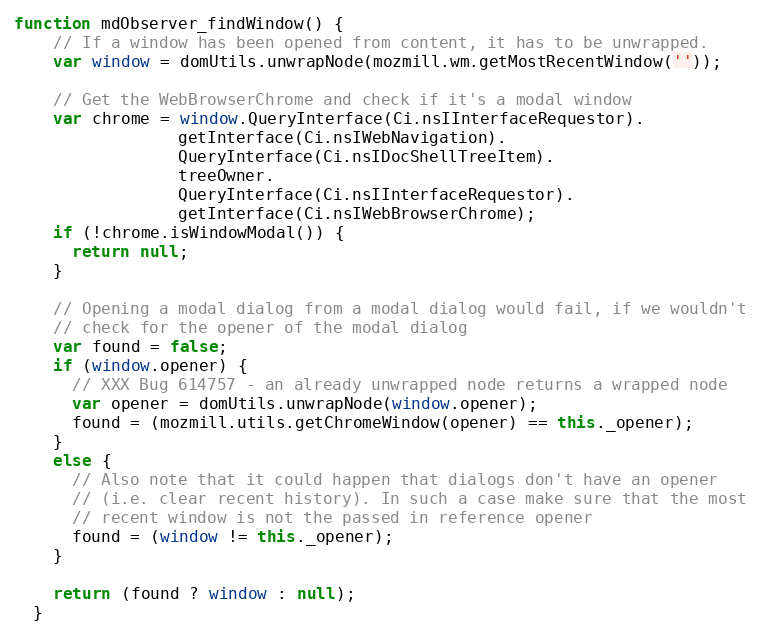
Language: JavaScript
function mdObserver_findWindow() {
    // If a window has been opened from content, it has to be unwrapped.
    var window = domUtils.unwrapNode(mozmill.wm.getMostRecentWindow(''));

    // Get the WebBrowserChrome and check if it's a modal window
    var chrome = window.QueryInterface(Ci.nsIInterfaceRequestor).
                 getInterface(Ci.nsIWebNavigation).
                 QueryInterface(Ci.nsIDocShellTreeItem).
                 treeOwner.
                 QueryInterface(Ci.nsIInterfaceRequestor).
                 getInterface(Ci.nsIWebBrowserChrome);
    if (!chrome.isWindowModal()) {
      return null;
    }

    // Opening a modal dialog from a modal dialog would fail, if we wouldn't
    // check for the opener of the modal dialog
    var found = false;
    if (window.opener) {
      // XXX Bug 614757 - an already unwrapped node returns a wrapped node
      var opener = domUtils.unwrapNode(window.opener);
      found = (mozmill.utils.getChromeWindow(opener) == this._opener);
    }
    else {
      // Also note that it could happen that dialogs don't have an opener
      // (i.e. clear recent history). In such a case make sure that the most
      // recent window is not the passed in reference opener
      found = (window != this._opener);
    }

    return (found ? window : null);
  }